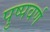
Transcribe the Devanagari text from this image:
पुष्पवर्ण